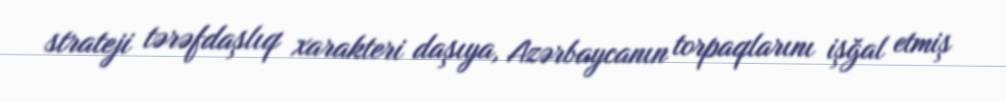
strateji tərəfdaşlıq xarakteri daşıya, Azərbaycanın torpaqlarını işğal etmiş